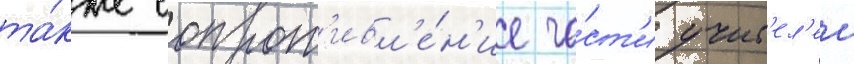
та́кже сопрот'ивл'е́н'ие ча́ст'и учит'ел'еи